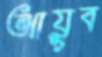
আয়ূব